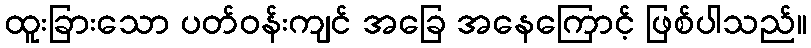
ထူးခြားသော ပတ်ဝန်းကျင် အခြေ အနေကြောင့် ဖြစ်ပါသည်။